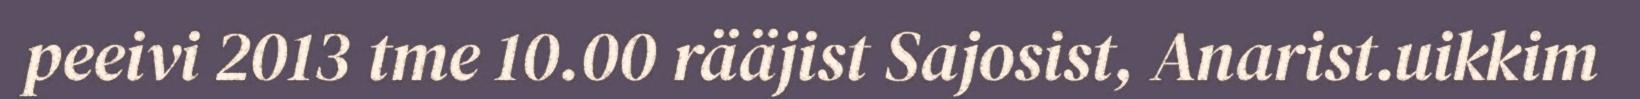
peeivi 2013 tme 10.00 rääjist Sajosist, Anarist.uikkim